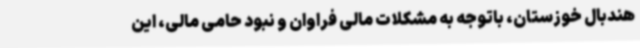
هندبال خوزستان، باتوجه به مشکلات مالی فراوان و نبود حامی مالی، این